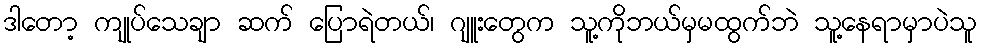
ဒါတော့ ကျုပ်သေချာ ဆက် ပြောရဲတယ်၊ ဂျူးတွေက သူ့ကိုဘယ်မှမထွက်ဘဲ သူ့နေရာမှာပဲသူ